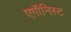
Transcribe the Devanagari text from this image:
एगॉनिस्ट